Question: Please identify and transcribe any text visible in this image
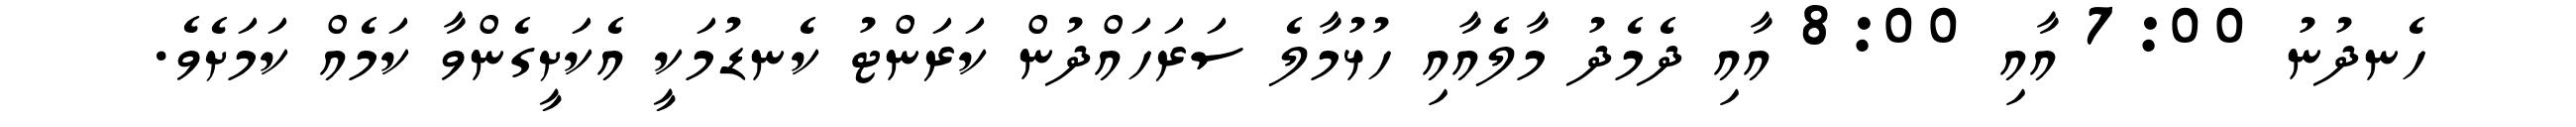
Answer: ހެނދުނު 7:00 އާއި 8:00 އާއި ދެމެދު މާލެއާއި ހުޅުމާލެ ސަރަހައްދުން ކަރަންޓު ކެނޑުމަކީ އެކަށީގެންވާ ކަމެއް ކަމަށެވެ.